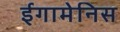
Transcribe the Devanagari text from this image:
ईगामेनिस